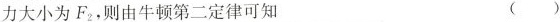
力大小为F_{2}，则由牛顿第二定律可知 （）